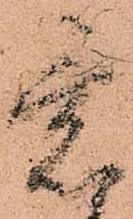
意